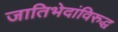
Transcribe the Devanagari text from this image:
जातिभेदांविरुद्ध